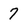
Character: 7